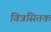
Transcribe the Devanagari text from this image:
वित्रसितक